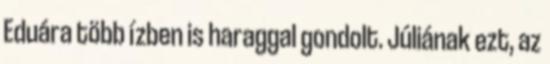
Eduára több ízben is haraggal gondolt. Júliának ezt, az